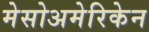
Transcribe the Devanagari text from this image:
मेसोअमेरिकेन